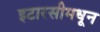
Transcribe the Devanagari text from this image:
इटारसीमधून